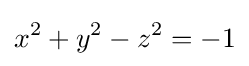
x^{2}+y^{2}-z^{2}=-1